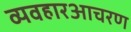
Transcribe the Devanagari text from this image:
व्यवहारआचरण